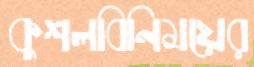
কুশলবিনিময়ের